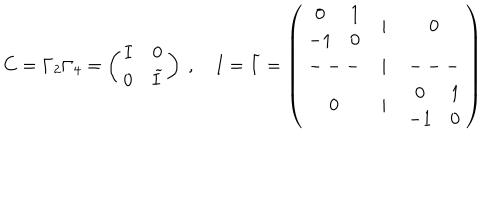
C = \Gamma _ { 2 } \Gamma _ { 4 } = \left( \begin{array} { c c } { { I } } & { { 0 } } \\ { { 0 } } & { { \widetilde { I } } } \\ \end{array} \right) \ , \quad I = \widetilde { I } = \left( \begin{array} { c c c } { { \begin{array} { c c } { { 0 } } & { { 1 } } \\ { { - 1 } } & { { 0 } } \\ \end{array} } } & { { | } } & { { 0 } } \\ { { --- } } & { { | } } & { { --- } } \\ { { 0 } } & { { | } } & { { \begin{array} { c c } { { 0 } } & { { 1 } } \\ { { - 1 } } & { { 0 } } \\ \end{array} } } \\ \end{array} \right)